Civil Veterinary Department. United Provinces 1912-22 - 1912-1922
Year: 1912
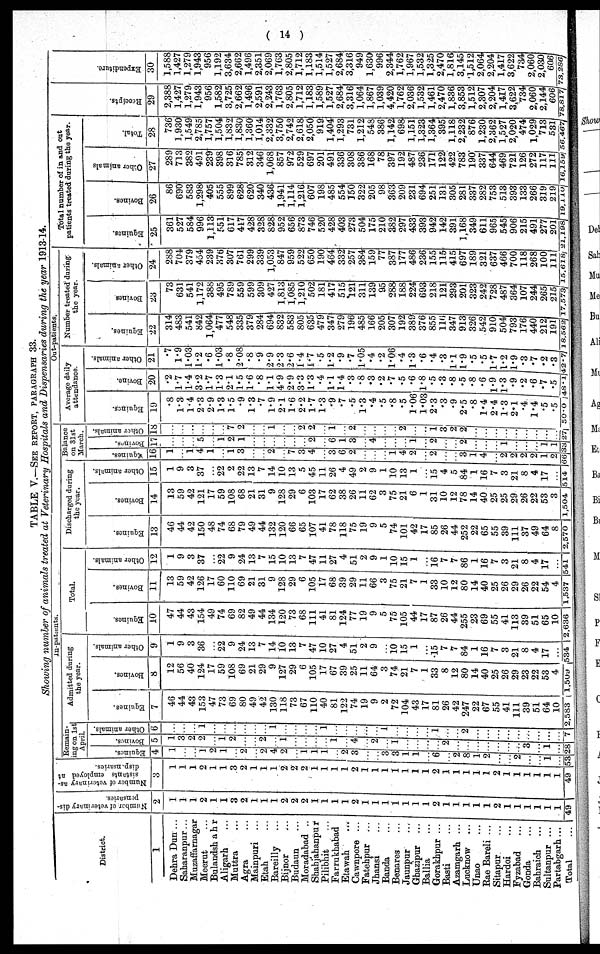
( 14 )
TABLE V.—SEE REPORT, PARAGRAPH 33.
Showing number of animals treated at Veterinary Hospitals and Dispensaries during the year 1913-14.
District.
1
Dehra Dun ...
Saharanpur ...
Muzaffarnagar
Meerut ...
Bulandshahr
Aligarh ...
Muttra ...
Agra
Mainpuri ...
Etah ...
Bareilly ...
Bijnor ...
Budaun ...
Moradabad ..
Shahjahanpur
Pilibhit ...
Farrukhabad
Etawah ...
Cawnpore ...
Fatehpur ...
Jbansi
...
Banda ...
Benares
Jaunpur ...
Ghazipur ...
Ballia ...
Gorakhpur ...
Basti ...
Azamgarh ...
Lucknow ...
Unao
...
Rae Bareli ...
Sitapur ...
Hardoi ...
Fyzabad ...
Gonda ...
Bahraich ...
Sultanpur ...
Partabgarh ...
Total
Number of veterinary dis-
pensaries.
2
1
1
1
2
1
1
3
2
1
1
1
2
2
2
I
1
1
1
2
1
1
1
1
1
1
1
2
1
1
1
1
1
2
1
1
1
1
1
1
49
Number of veterinary as-
sistants employed at
dispensaries.
3
1
1
1
2
1
1
3
2
1
1
1
2
2
2
1
1
1
1
2
1
1
1
1
1
1
1
2
1
1
1
1
1
2
1
1
1
1
1
1
49
In-patients.
Remain-
ing on 1st
April.
Equines.
4
1
...
...
1
2
1
...
2
...
2
4
2
...
1
1
1
...
2
3
...
...
3
3
1
1
...
6
...
2
8
1
2
...
...
2
...
...
1
...
53
Bovines.
5
1
3
2
2
...
1
2
...
...
2
...
1
...
...
...
...
1
...
4
...
2
...
1
...
...
...
...
2
...
...
...
...
...
...
...
3
...
...
...
28
Other animals.
6
...
...
...
1
...
...
...
...
...
...
1
...
...
...
...
1
...
...
...
...
...
1
...
...
...
...
1
...
...
2
...
...
...
...
...
...
...
...
...
7
Admitted during
the year.
Equines.
7
46
44
43
153
47
73
69
80
49
42
130
118
73
67
110
40
81
122
74
19
9
2
72
104
43
17
81
26
42
247
22
67
55
41
111
39
51
64
10
2,583
Bovines.
8
12
56
40
124
17
59
108
69
21
29
9
127
29
6
105
17
67
39
25
11
64
3
74
21
7
1
33
8
12
80
14
40
25
26
29
23
22
53
4
1,509
Other animals.
9
1
9
3
36
...
22
9
24
13
7
14
10
13
7
47
10
27
4
51
2
9
...
10
15
1
...
15
7
7
84
1
16
7
3
21
8
4
17
...
534
Total.
Equines.
10
47
44
43
154
49
74
69
82
49
44
134
120
73
68
111
41
81
124
77
19
9
5
75
105
44
17
87
26
44
255
23
69
55
41
113
39
51
65
10
2,636
Bovines.
11
13
59
42
126
17
60
110
69
21
31
9
128
29
6
105
17
68
39
29
11
66
3
75
21
7
1
33
10
12
80
14
40
25
26
29
26
22
54
4
1,537 5
Other animals.
12
1
9
3
37
...
22
9
24
13
7
15
10
13
7
47
11
27
4
51
2
9
1
10
15
1
...
16
7
7
86
1
16
7
3
21
8
4
17
...
541
Discharged during
the year.
Equines.
13
46
44
42
150
48
74
68
79
49
44
132
120
66
65
107
41
78
118
75
19
9
5
74
101
42
17
85
26
44
252
22
65
55
39
111
37
49
64
8
2,570
Bovines.
14
13
59
42
121
17
59
108
68
21
31
9
128
29
6
103
17
62
38
26
11
62
3
75
21
6
1
31
10
12
78
14
40
25
25
29
26
22
53
3
1,504
Other animals.
15
1
9
3
37
...
22
2
22
13
7
14
10
13
5
45
11
26
4
49
2
9
1
10
13
1
...
15
4
5
84
1
16
7
3
21
8
4
17
...
514
Out-patients.
Balance
on 31st
March.
Equines.
16
1
...
1
4
1
...
1
3
...
...
2
...
7
3
4
...
3
6
2
...
...
...
1
4
2
...
2
...
...
3
1
4
...
2
2
2
2
1
2
66
Bovines.
17
...
...
...
5
...
1
2
1
...
...
...
...
...
...
2
...
6
1
3
...
4
...
...
...
1
...
2
...
...
2
...
...
...
1
...
...
...
1
1
33
Other animals.
18
...
...
...
...
...
...
7
2
...
...
1
...
...
2
2
...
1
...
2
...
...
...
...
2
...
..
1
3
2
2
...
...
...
...
...
...
...
...
...
27
Average daily
attendance.
Equines.
19
.8
1.3
1.4
2.3
2.9
1.3
1.5
.9
1.3
.7
1.9
2.1
1.6
2.2
1.7
1.3
.9
.7
.5
1.3
.4
.5
.8
.5
1.06
1.03
2.3
.3
.9
2.5
.8
1.4
2.4
1.3
2.1
.4
1.4
.5
.5
50.0
Bovine.
20
.2
1.7
1.4
3.2
1.7
1.3
2.1
1.5
1.6
.8
1.1
4.9
2.9
3.3
1.3
.4
1.1
1.4
.3
.8
.3
.2
.7
.5
.6
1.8
.5
.3
.8
.5
.8
.6
1.9
1.3
.9
.2
.6
.7
.5
48.1
Other animals.
21
.7
1.9
1.03
1.2
.6
1.03
.8
2.08
.8
.9
2.9
2.3
2.6
1.4
1.7
.5
1.2
.9
.7
1.05
.4
.2
1.06
.4
1.3
.6
.4
.3
1.1
1.9
.5
.5
1.7
1.2
1.9
.3
.7
.2
.3
42.1
Number treated during
the year.
Equines.
22
314
483
541
842
1,064
477
548
335
379
284
694
832
583
805
635
479
347
279
196
485
166
205
307
192
389
376
855
116
347
913
326
542
910
504
793
176
440
212
191
18,562
Bovines
23
73
631
541
1,172
388
495
789
559
599
309
427
1,813
1,085
1,210
502
181
417
515
121
311
139
95
288
188
224
693
2181
121
293
201
323
242
728
487
364
107
244
265
215
17,573
Other animals.
24
288
704
379
454
239
376
307
761
299
339
1,053
847
959
522
650
190
464
332
257
384
159
77
387
177
486
236
155
115
415
697
189
321
637
466
700
118
268
100
111
15,618
Total number of in and out
patients treated during the year.
Equines.
25
361
527
584
996
1,113
551
617
417
428
328
828
952
656
873
746
520
428
403
273
504
175
210
382
297
433
393
942
142
391
1,168
349
611
965
545
906
215
491
277
201
21,198
Bovines.
26
86
690
583
1,298
405
555
899
628
620
340
436
1,941
1,114
1,216
607
198
485
554
150
322
205
98
363
209
231
694
251
131
305
281
337
282
753
513
393
133
266
319
219
19,110
Other animals
27
289
713
382
491
239
398
316
785
312
346
1,068
857
972
529
697
201
491
336
308
386
168
78
397
192
487
236
171
122
422
783
190
337
644
469
721
126
272
117
111
16,159
Total.
28
736
1,930
1,549
2,785
1,757
1,504
1,832
1,830
1,360
1,014
2,332
3,750
2,742
2,618
2,050
919
1,404
1,293
731
1,212
548
386
1,142
698
1,151
1,323
1,364
395
1,118
2,232
876
1,230
2,362
1,527
2,020
474
1,029
713
531
56,467
Receipts.
29
2,388
1,427
1,279
1,943
956
1,582
3,725
2,662
1,496
2,591
2,243
1,763
2,805
1,712
1,183
1,589
1,527
2,684
3,316
1,064
1,867
1,039
4,420
1,762
2,036
1,532
1,461
2,470
1,836
3,853
1,512
2,307
2,204
1,417
3,622
734
2,060
2,144
606
78,817
Expenditure.
30
1,588
1,427
1,279
1,943
956
1,192
3,634
2,662
1,496
2,351
2,069
1,763
2,805
1,712
1,183
1,514
1,527
2,684
3,316
949
1,630
996
2,344
1,762
1,967
1,532
1,325
2,470
1,816
3,145
1,512
2,064
2,204
1,417
3,622
734
2,060
2,030
606
73,286